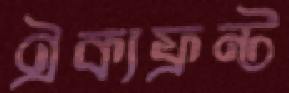
ঐক্যফ্রন্ট